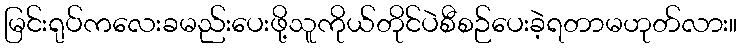
မြင်းရုပ်ကလေးခမည်းပေးဖို့သူကိုယ်တိုင်ပဲစီစဉ်ပေးခဲ့ရတာမဟုတ်လား။